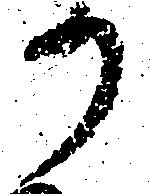
か